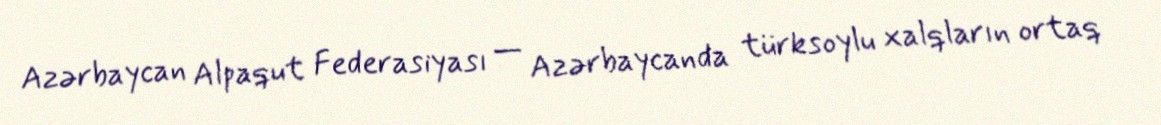
Azərbaycan Alpaqut Federasiyası — Azərbaycanda türksoylu xalqların ortaq